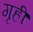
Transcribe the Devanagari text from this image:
गृहीं